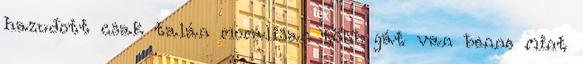
hazudott csak talán morálisan több gát van benne mint